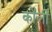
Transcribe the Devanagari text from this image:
कॉर्ली